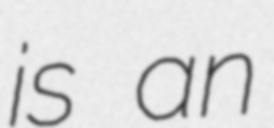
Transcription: is an